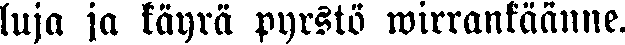
luja ja käyrä pyrstö wirrankäänne.